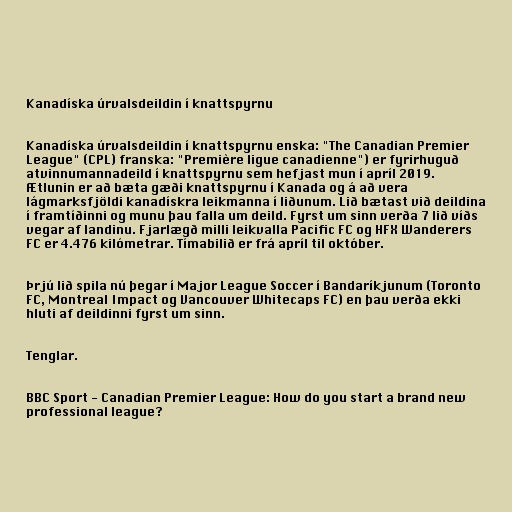
Kanadíska úrvalsdeildin í knattspyrnu

Kanadíska úrvalsdeildin í knattspyrnu enska: "The Canadian Premier
League" (CPL) franska: "Première ligue canadienne") er fyrirhuguð
atvinnumannadeild í knattspyrnu sem hefjast mun í apríl 2019.
Ætlunin er að bæta gæði knattspyrnu í Kanada og á að vera
lágmarksfjöldi kanadískra leikmanna í liðunum. Lið bætast við deildina
í framtíðinni og munu þau falla um deild. Fyrst um sinn verða 7 lið víðs
vegar af landinu. Fjarlægð milli leikvalla Pacific FC og HFX Wanderers
FC er 4.476 kilómetrar. Tímabilið er frá apríl til október.

Þrjú lið spila nú þegar í Major League Soccer í Bandaríkjunum (Toronto
FC, Montreal Impact og Vancouver Whitecaps FC) en þau verða ekki
hluti af deildinni fyrst um sinn.

Tenglar.

BBC Sport - Canadian Premier League: How do you start a brand new
professional league?